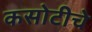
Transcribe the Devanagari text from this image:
कसोटीचे